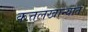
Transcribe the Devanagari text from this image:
कत्तलखान्यात